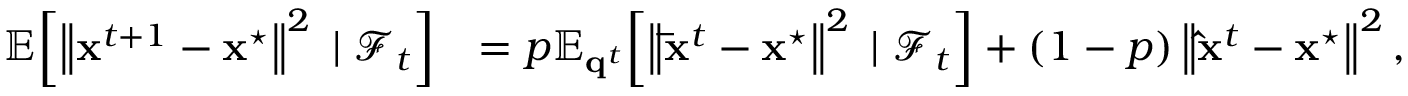
\begin{array} { r l } { \mathbb { E } \! \left[ \left\| \mathbf { x } ^ { t + 1 } - \mathbf { x } ^ { \star } \right\| ^ { 2 } \; | \; \mathcal { F } _ { t } \right] } & { = p \mathbb { E } _ { \mathbf { q } ^ { t } } \! \left[ \left\| \mathbf { \bar { x } } ^ { t } - \mathbf { x } ^ { \star } \right\| ^ { 2 } \; | \; \mathcal { F } _ { t } \right] + ( 1 - p ) \left\| \mathbf { \hat { x } } ^ { t } - \mathbf { x } ^ { \star } \right\| ^ { 2 } , } \end{array}